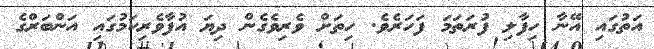
އަތުގައި އޭނާ ހިފާލި ފުރަތަމަ ފަހަރެވެ. ހިތަށް ވެރިވެގެން ދިޔަ އުފާވެރިކަމުގައި އަންބަރްގެ